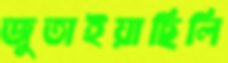
জুতাইয়াছিলি